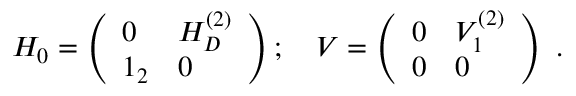
H _ { 0 } = \left( \begin{array} { l l } { { 0 } } & { { H _ { D } ^ { ( 2 ) } } } \\ { { 1 _ { 2 } } } & { { 0 } } \end{array} \right) ; \quad V = \left( \begin{array} { l l } { { 0 } } & { { V _ { 1 } ^ { ( 2 ) } } } \\ { { 0 } } & { { 0 } } \end{array} \right) \ .